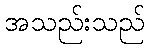
အသည်းသည်